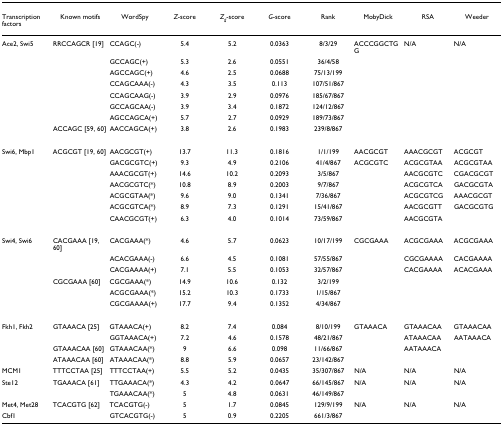
<table><thead><tr><td><b>Transcription factors</b></td><td><b>Known motifs</b></td><td><b>WordSpy</b></td><td><b><i>Z</i>-score</b></td><td><b><i>Z</i><sub><i>g</i></sub>-score</b></td><td><b><i>G</i>-score</b></td><td><b>Rank</b></td><td><b>MobyDick</b></td><td><b>RSA</b></td><td><b>Weeder</b></td></tr></thead><tbody><tr><td>Ace2, Swi5</td><td>RRCCAGCR [19]</td><td>CCAGC(-)</td><td>5.4</td><td>5.2</td><td>0.0363</td><td>8/3/29</td><td>ACCCGGCTGG</td><td>N/A</td><td>N/A</td></tr><tr><td></td><td></td><td>GCCAGC(+)</td><td>5.3</td><td>2.6</td><td>0.0551</td><td>36/4/58</td><td></td><td></td><td></td></tr><tr><td></td><td></td><td>AGCCAGC(+)</td><td>4.6</td><td>2.5</td><td>0.0688</td><td>75/13/199</td><td></td><td></td><td></td></tr><tr><td></td><td></td><td>CCAGCAAA(-)</td><td>4.3</td><td>3.5</td><td>0.113</td><td>107/51/867</td><td></td><td></td><td></td></tr><tr><td></td><td></td><td>CCAGCAAG(-)</td><td>3.9</td><td>2.9</td><td>0.0976</td><td>185/67/867</td><td></td><td></td><td></td></tr><tr><td></td><td></td><td>GCCAGCAA(-)</td><td>3.9</td><td>3.4</td><td>0.1872</td><td>124/12/867</td><td></td><td></td><td></td></tr><tr><td></td><td></td><td>AGCCAGCA(+)</td><td>5.7</td><td>2.7</td><td>0.0929</td><td>189/73/867</td><td></td><td></td><td></td></tr><tr><td></td><td>ACCAGC [59, 60]</td><td>AACCAGCA(+)</td><td>3.8</td><td>2.6</td><td>0.1983</td><td>239/8/867</td><td></td><td></td><td></td></tr><tr><td>Swi6, Mbp1</td><td>ACGCGT [19, 60]</td><td>AACGCGT(+)</td><td>13.7</td><td>11.3</td><td>0.1816</td><td>1/1/199</td><td>AACGCGT</td><td>AAACGCGT</td><td>ACGCGT</td></tr><tr><td></td><td></td><td>GACGCGTC(+)</td><td>9.3</td><td>4.9</td><td>0.2106</td><td>41/4/867</td><td>ACGCGTC</td><td>ACGCGTAA</td><td>ACGCGTAA</td></tr><tr><td></td><td></td><td>AAACGCGT(+)</td><td>14.6</td><td>10.2</td><td>0.2093</td><td>3/5/867</td><td></td><td>AACGCGTC</td><td>CGACGCGT</td></tr><tr><td></td><td></td><td>AACGCGTC(*)</td><td>10.8</td><td>8.9</td><td>0.2003</td><td>9/7/867</td><td></td><td>ACGCGTCA</td><td>GACGCGTA</td></tr><tr><td></td><td></td><td>ACGCGTAA(*)</td><td>9.6</td><td>9.0</td><td>0.1341</td><td>7/36/867</td><td></td><td>ACGCGTCG</td><td>AAACGCGT</td></tr><tr><td></td><td></td><td>ACGCGTCA(*)</td><td>8.9</td><td>7.3</td><td>0.1291</td><td>15/41/867</td><td></td><td>AACGCGTT</td><td>GACGCGTG</td></tr><tr><td></td><td></td><td>CAACGCGT(+)</td><td>6.3</td><td>4.0</td><td>0.1014</td><td>73/59/867</td><td></td><td>AACGCGTA</td><td></td></tr><tr><td>Swi4, Swi6</td><td>CACGAAA [19, 60]</td><td>CACGAAA(*)</td><td>4.6</td><td>5.7</td><td>0.0623</td><td>10/17/199</td><td>CGCGAAA</td><td>ACGCGAAA</td><td>ACGCGAAA</td></tr><tr><td></td><td></td><td>ACACGAAA(-)</td><td>6.6</td><td>4.5</td><td>0.1081</td><td>57/55/867</td><td></td><td>CGCGAAAA</td><td>CACGAAAA</td></tr><tr><td></td><td></td><td>CACGAAAA(+)</td><td>7.1</td><td>5.5</td><td>0.1053</td><td>32/57/867</td><td></td><td>CACGAAAA</td><td>ACACGAAA</td></tr><tr><td></td><td>CGCGAAA [60]</td><td>CGCGAAA(*)</td><td>14.9</td><td>10.6</td><td>0.132</td><td>3/2/199</td><td></td><td></td><td></td></tr><tr><td></td><td></td><td>ACGCGAAA(*)</td><td>15.2</td><td>10.3</td><td>0.1733</td><td>1/15/867</td><td></td><td></td><td></td></tr><tr><td></td><td></td><td>CGCGAAAA(+)</td><td>17.7</td><td>9.4</td><td>0.1352</td><td>4/34/867</td><td></td><td></td><td></td></tr><tr><td>Fkh1, Fkh2</td><td>GTAAACA [25]</td><td>GTAAACA(+)</td><td>8.2</td><td>7.4</td><td>0.084</td><td>8/10/199</td><td>GTAAACA</td><td>GTAAACAA</td><td>GTAAACAA</td></tr><tr><td></td><td></td><td>GGTAAACA(+)</td><td>7.2</td><td>4.6</td><td>0.1578</td><td>48/21/867</td><td></td><td>ATAAACAA</td><td>AATAAACA</td></tr><tr><td></td><td>GTAAACAA [60]</td><td>GTAAACAA(*)</td><td>9</td><td>6.6</td><td>0.098</td><td>11/66/867</td><td></td><td>AATAAACA</td><td></td></tr><tr><td></td><td>ATAAACAA [60]</td><td>ATAAACAA(*)</td><td>8.8</td><td>5.9</td><td>0.0657</td><td>23/142/867</td><td></td><td></td><td></td></tr><tr><td>MCM1</td><td>TTTCCTAA [25]</td><td>TTTCCTAA(+)</td><td>5.5</td><td>5.2</td><td>0.0435</td><td>35/307/867</td><td>N/A</td><td>N/A</td><td>N/A</td></tr><tr><td>Ste12</td><td>TGAAACA [61]</td><td>TTGAAACA(*)</td><td>4.3</td><td>4.2</td><td>0.0647</td><td>66/145/867</td><td>N/A</td><td>N/A</td><td>N/A</td></tr><tr><td></td><td></td><td>TGAAACAA(*)</td><td>5</td><td>4.8</td><td>0.0631</td><td>46/149/867</td><td></td><td></td><td></td></tr><tr><td>Met4, Met28</td><td>TCACGTG [62]</td><td>TCACGTG(-)</td><td>5</td><td>1.7</td><td>0.0845</td><td>129/9/199</td><td>N/A</td><td>N/A</td><td>N/A</td></tr><tr><td>Cbf1</td><td></td><td>GTCACGTG(-)</td><td>5</td><td>0.9</td><td>0.2205</td><td>661/3/867</td><td></td><td></td><td></td></tr></tbody></table>